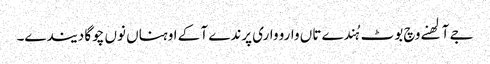
جے آلھنے وچ بوٹ ہُندے تاں وارو واری پرندے آ کے اوہناں نوں چوگا دیندے۔